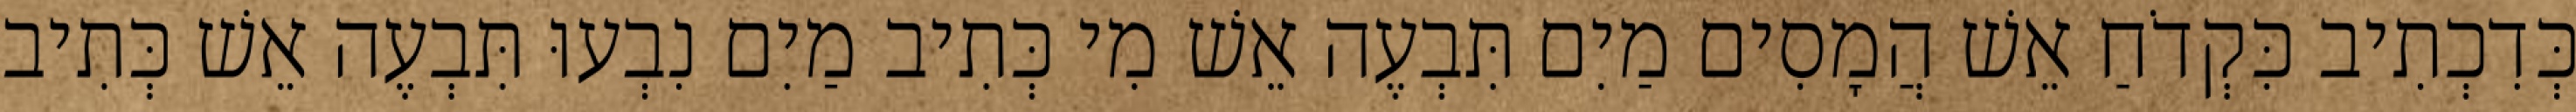
כְּדִכְתִיב כִּקְדֹחַ אֵשׁ הֲמָסִים מַיִם תִּבְעֶה אֵשׁ מִי כְּתִיב מַיִם נִבְעוּ תִּבְעֶה אֵשׁ כְּתִיב